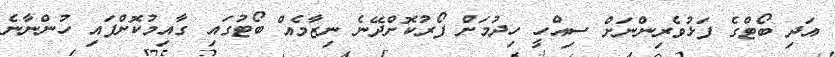
އަދި ބޯޓްގެ ފަޅުވެރިންނަށް ސިއްހީ ހިދުމަށް ފޯރުކޮށްދޭނެ ނިޒާމެއް ބޯޓުގައި ގާއިމުކޮށްފައި ހުންނާނެ